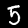
Label: 5